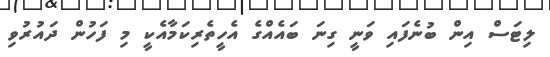
ލިޓަސް އިން ބުނެފައި ވަނީ ގިނަ ބައެއްގެ އެހީތެރިކަމާއެކީ މި ފަހުން ދައުރުވި